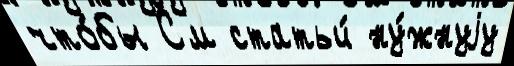
что́бы См статьи́ ну́жнуjу